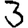
Digit: 3